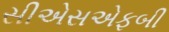
સીએસએફબી